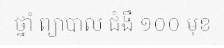
ថ្នាំ ព្យាបាល ជំងឺ ១០០ មុខ